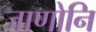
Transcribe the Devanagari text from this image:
जाणोनि